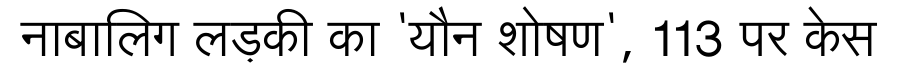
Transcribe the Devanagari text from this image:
नाबालिग लड़की का 'यौन शोषण', 113 पर केस